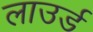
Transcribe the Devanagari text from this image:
लाउर्ड